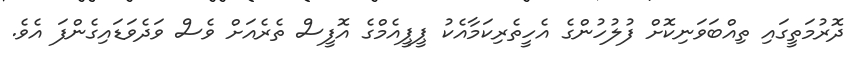
ދޮރުމަތީގައި ތިއްބަވަނިކޮށް ފުލުހުންގެ އެހީތެރިކަމާއެކު ޕީޕީއެމްގެ އޮފީސް ތެރެއަށް ވެސް ވަދެވަޑައިގެންފަ އެވެ.